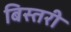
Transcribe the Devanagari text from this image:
बिस्तरी